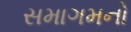
સમાગમનો